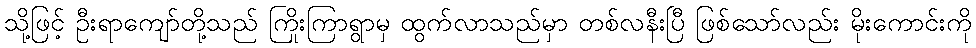
သို့ဖြင့် ဦးရာကျော်တို့သည် ကြိုးကြာရွာမှ ထွက်လာသည်မှာ တစ်လနီးပြီ ဖြစ်သော်လည်း မိုးကောင်းကို